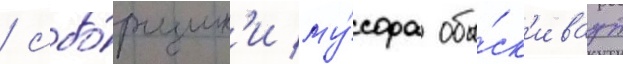
/ сбо́рщик'и му́сора обы́ск'иваут